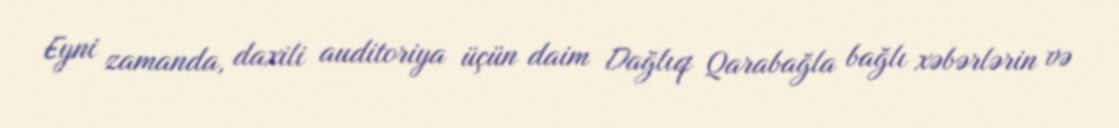
Eyni zamanda, daxili auditoriya üçün daim Dağlıq Qarabağla bağlı xəbərlərin və